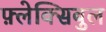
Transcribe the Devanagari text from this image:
फ़्लेक्सिबुल